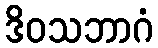
ဒိဝသဘာဂံ